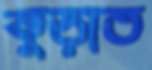
কুড়াত